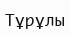
Тұрұлы